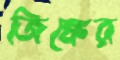
জিঙ্কের